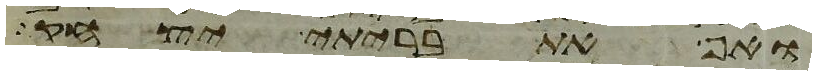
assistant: ואף את בריתי יצחק